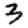
Digit: 3